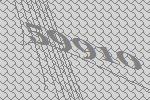
59910